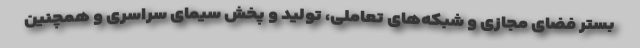
بستر فضای مجازی و شبکه‌های تعاملی، تولید و پخش سیمای سراسری و همچنین